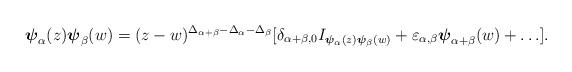
LaTeX: \begin{align*}\boldsymbol{\psi}_\alpha(z)\boldsymbol{\psi}_\beta(w)=(z-w)^{\Delta_{\alpha+\beta}-\Delta_\alpha-\Delta_\beta}[\delta_{\alpha+\beta,0}I_{\boldsymbol{\psi}_{\alpha}(z)\boldsymbol{\psi}_{\beta}(w)}+\varepsilon_{\alpha,\beta}\boldsymbol{\psi}_{\alpha+\beta}(w)+\ldots].\end{align*}